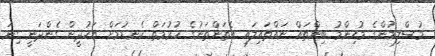
މުސްލިމުންގެ މުހިންމު ބިންތައް ނައްތައިލައި އެތަންތަނުގެ ޙުރުމަތް ކެނޑުމަށް ޔަހުދީން ގެންދަނީ ގިނަ